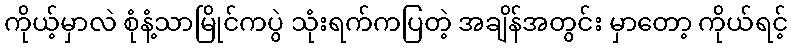
ကိုယ့်မှာလဲ စုံနံ့သာမြိုင်ကပွဲ သုံးရက်ကပြတဲ့ အချိန်အတွင်း မှာတော့ ကိုယ်ရင့်